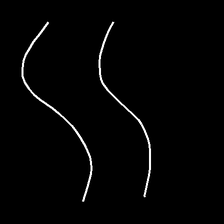
Glyph: float